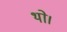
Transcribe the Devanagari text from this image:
थाे।